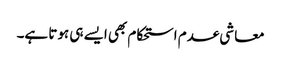
معاشی عدم استحکام بھی ایسے ہی ہوتا ہے۔